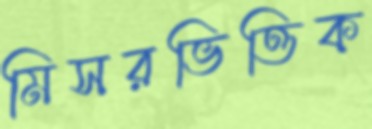
মিসরভিত্তিক